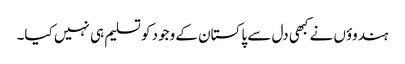
ہندوؤں نے کبھی دل سے پاکستان کے وجود کو تسلیم ہی نہیں کیا۔